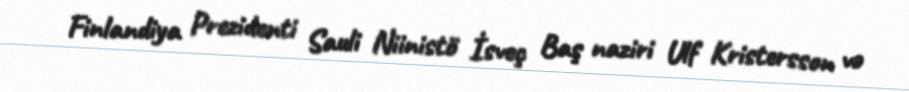
Finlandiya Prezidenti Sauli Niinistö İsveç Baş naziri Ulf Kristersson və